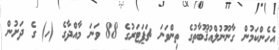
އެހެންކަމުން ގާނޫނުލްއުޤޫބާތުގެ ތިންވަނަ ޗަޕަޓަރުގެ 88 ވަނަ މާއްދާގެ (ހ) ގެ ދަށުން